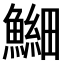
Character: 𫙶